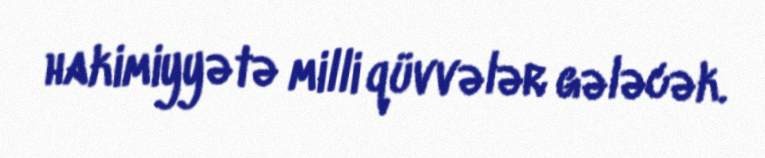
hakimiyyətə milli qüvvələr gələcək.